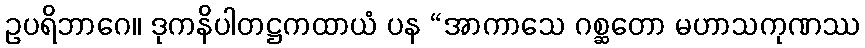
ဥပရိဘာဂေ။ ဒုကနိပါတဋ္ဌကထာယံ ပန “အာကာသေ ဂစ္ဆတော မဟာသကုဏဿ